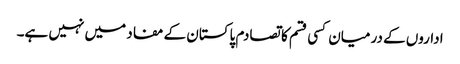
اداروں کے درمیان کسی قسم کا تصادم پاکستان کے مفاد میں نہیں ہے۔